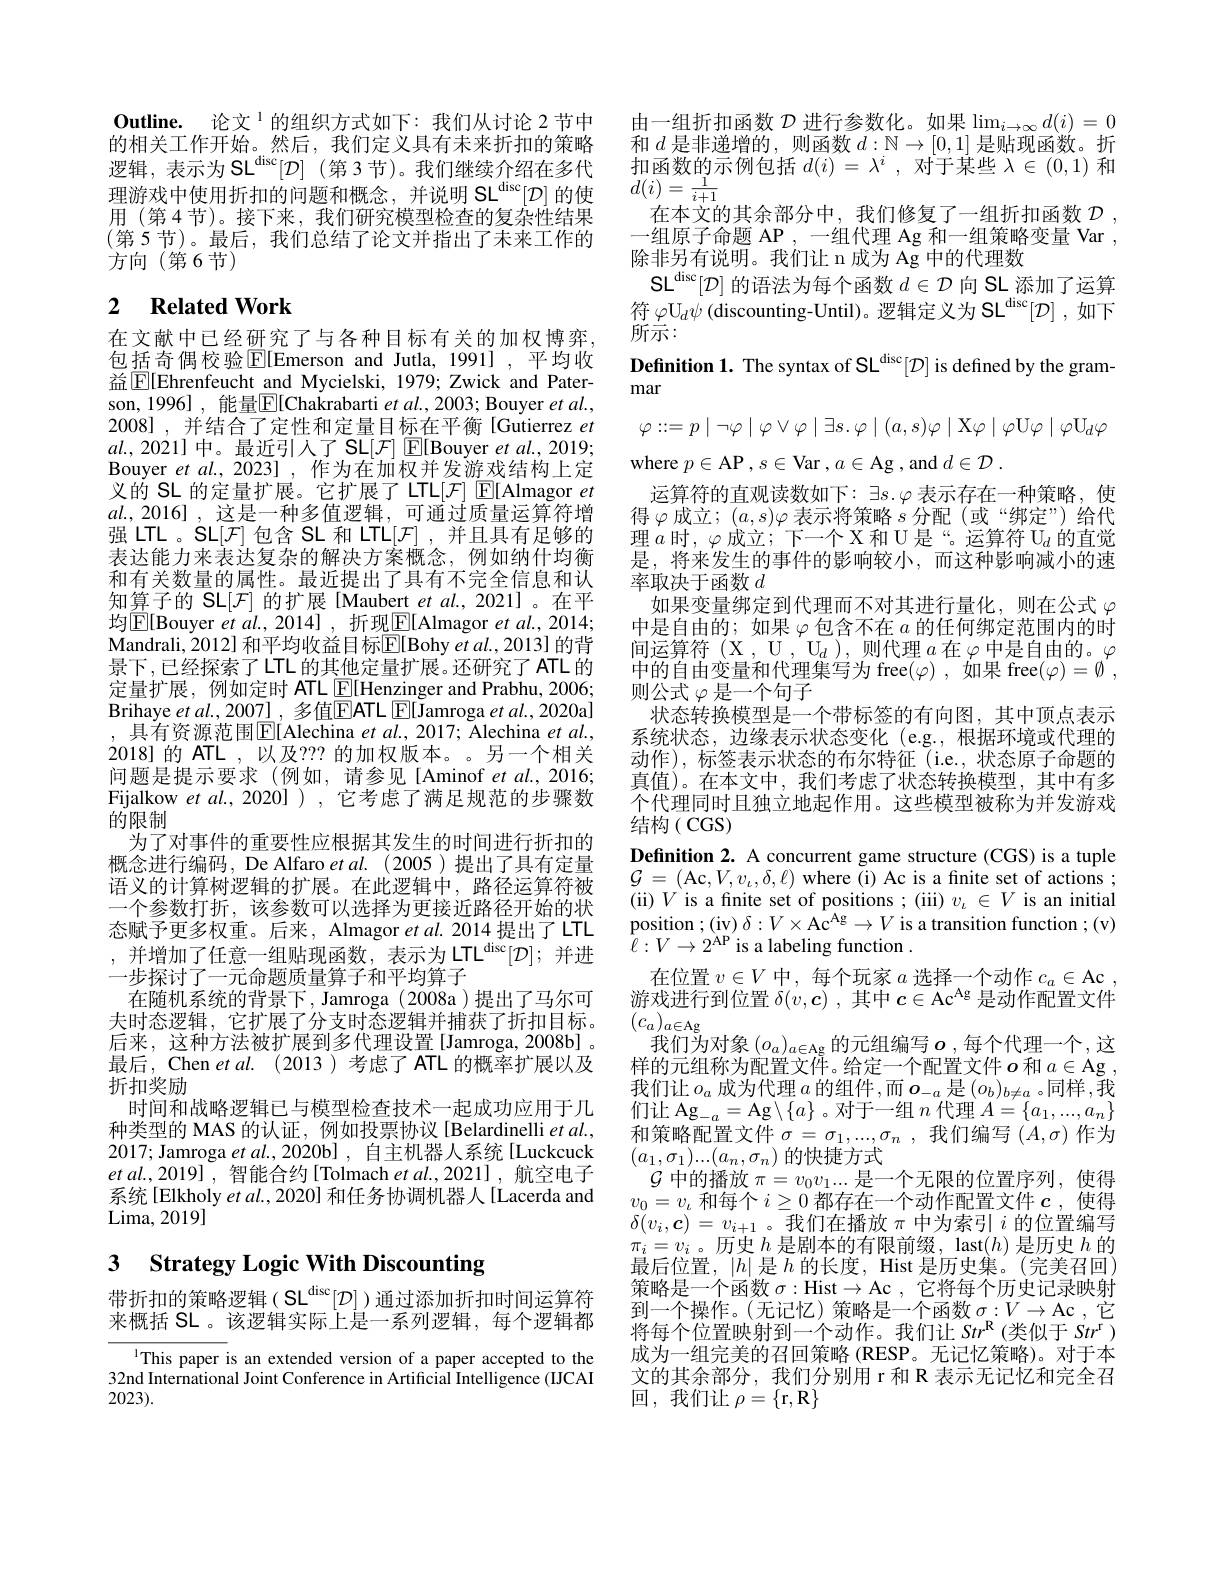
Outline. 论文$^{1}$的组织方式如下：我们从讨论 2 节中的相关工作开始。然后，我们定义具有未来折扣的策略逻辑，表示为 SL$^{\mathrm{disc}}[ \mathcal{D} ]$ (第 3 节)。我们继续介绍在多代理游戏中使用折扣的问题和概念，并说明 SL$^{\mathrm{disc}}[ \mathcal{D} ]$的使用 (第 4 节)。接下来，我们研究模型检查的复杂性结果(第 5节)。最后，我们总结了论文并指出了未来工作的方向(第6节)

## 2 $\textbf{Related Work}$

在文献中已经研究了与各种目标有关的加权博弈， 包括奇偶校验$\operatorname{E}[$Emerson and Jutla, 1991] ,平均收益$\boxed{\mathrm{F}}[$Ehrenfeucht and Mycielski, 1979; Zwick and Paterson, 1996] , 能量$\boxed{\mathrm{E}}[$Chakrabarti et $al.,2003;$ Bouyer $et\textit{al. , }$ 2008] , 并结合了定性和定量目标在平衡[Gutierrez $et$ $al.$, 2021] 中。最近引人了 SL[$\mathcal{F}]$ E[Bouyer et al., 2019; Bouyer $etal.$, 2023] , 作为在加权并发游戏结构上定义的 SL 的定量扩展。它扩展了 LTL[F] $\mathbb{E}[$Almagor et $al.,2016]$,这是一种多值逻辑，可通过质量运算符增强 LTL 。SL[F] 包含 SL 和 LTL[F] ,并且具有足够的表达能力来表达复杂的解决方案概念，例如纳什均衡和有关数量的属性。最近提出了具有不完全信息和认知算子的 SL[F] 的扩展[Maubert et al., 2021]。在平均$\boxed{\mathrm{E}}[$Bouyer $etal.,2014]$,折现$\boxed{\mathrm{F}}[$Almagor et al.,2014; Mandrali, 2012] 和平均收益目标$\boxed{\mathrm{E}}[$Bohy et al., 2013] 的背景下，已经探索了LTL 的其他定量扩展。还研究了 ATL 的定量扩展，例如定时 ATL E[Henzinger and Prabhu, 2006; Brihaye $etal.,2007]$ , 多值EATL E[Jamroga et al., 2020a] , 具有资源范围$\boxed{\mathrm{F}}[$Alechina $et\textit{al. , 2017; Alechina et al. , }$ 2018] 的 ATL,以及？?? 的加权版本。另一个相关问题是提示要求(例如，请参见[Aminof et al.,2016; Fijalkow et al., 2020] ) , 它考虑了满足规范的步骤数的限制
为了对事件的重要性应根据其发生的时间进行折扣的概念进行编码，De Alfaro et al.(2005)提出了具有定量语义的计算树逻辑的扩展。在此逻辑中，路径运算符被一个参数打折，该参数可以选择为更接近路径开始的状态赋予更多权重。后来，Almagor et al. 2014 提出了 LTL ,并增加了任意一组贴现函数，表示为LTL$^{\mathrm{disc}}[ \mathcal{D} ] ;$并进一步探讨了一元命题质量算子和平均算子
在随机系统的背景下，Jamroga(2008a)提出了马尔可夫时态逻辑，它扩展了分支时态逻辑并捕获了折扣目标。后来，这种方法被扩展到多代理设置[Jamroga,2008b]。最后，Chen et al. (2013)考虑了 ATL 的概率扩展以及折扣奖励
时间和战略逻辑已与模型检查技术一起成功应用于几种类型的 MAS 的认证，例如投票协议 [Belardinelli et al., 2017; Jamroga $etal.,2020$b], 自主机器人系统 [Luckcuck $et$ $al. , 2019]$ ,智能合约[Tolmach et al.,2021],航空电子系统[Elkholy et al., 2020] 和任务协调机器人[Lacerda and Lima, 2019

## 3 Strategy Logic With Discounting

带折扣的策略逻辑(SL$^{\mathrm{disc}}[ \mathcal{D} ]$)通过添加折扣时间运算符来概括 SL 。该逻辑实际上是一系列逻辑，每个逻辑都

This paper is an extended version of a paper accepted to the 32nd International Joint Conference in Artificial Intelligence (IJCAI 2023).

由一组折扣函数$\mathcal{D}$进行参数化。如果$\lim_i\to\infty d(i)=0$ 和$d$是非递增的，则函数$d:\mathbb{N}\to[0,1]$是贴现函数。折扣函数的示例包括$d(i)=\lambda^i$,对于某些$\lambda\in(0,1)$和$d(i)=\frac{1}{i+1}$
在本文的其余部分中，我们修复了一组折扣函数$\mathcal{D}$, 一组原子命题 AP ,一组代理 Ag 和一组策略变量 Var , 除非另有说明。我们让 n 成为 Ag 中的代理数
$\mathsf{SL}^{\mathrm{disc}}[ \mathcal{D} ]$的语法为每个函数$d\in\mathcal{D}$向 SL 添加了运算符$\varphi\mathrm{U}_d\psi$ (discounting-Until)。逻辑定义为 SL$^{\mathrm{disc}}[ \mathcal{D} ]$ ,如下所示：
Defnition 1. The syntax of SL$^{\mathrm{disc}}[ \mathcal{D} ]$ is defined by the gram-
mar
$$\varphi::=p\mid\neg\varphi\mid\varphi\vee\varphi\mid\exists s.\varphi\mid(a,s)\varphi\mid\mathrm{X}\varphi\mid\varphi\mathrm{U}\varphi\mid\varphi\mathrm{U}_{d}\varphi $$
where $p\in$AP , $s\in$Var $,a\in$Ag , and $d\in\mathcal{D}$
运算符的直观读数如下：$\exists s.\varphi$表示存在一种策略，使得$\varphi$成立$;(a,s)\varphi$ 表示将策略$s$分配(或“绑定”)给代理$a$时，$\varphi$成立；下一个X和U是“。运算符$\mathrm U_d$的直觉是，将来发生的事件的影响较小，而这种影响减小的速率取决于函数$d$
如果变量绑定到代理而不对其进行量化，则在公式$\varphi$ 中是自由的；如果$\varphi$包含不在$a$的任何绑定范围内的时间运算符(X , U , $U_{d}$ ) , 则 代 理 a 在 $\varphi$ 中 是 自 由 的 。$\varphi$ 中的自由变量和代理集写为 free$(\varphi)$,如果 free$(\varphi)=\emptyset$, 则公式$\varphi$是一个句子
状态转换模型是一个带标签的有向图，其中顶点表示系统状态，边缘表示状态变化(e.g.,根据环境或代理的动作),标签表示状态的布尔特征(i.e.,状态原子命题的真值)。在本文中，我们考虑了状态转换模型，其中有多个代理同时且独立地起作用。这些模型被称为并发游戏结构(CGS)
Definition 2. A concurrent game structure (CGS) is a tuple $\mathcal{G}=($Ac$,V,v_{\iota},\delta,\ell)$ where (i) Ac is a finite set of actions;

(ii) $V$ is a finite set of positions ;(iii) $v_\iota\in V$ is an initial position ; (iv) $\delta:V\times\mathrm{Ac}^\mathrm{Ag}\to V$ is a transition function ; (v) $\hat{\ell}:V\to2^{\mathrm{AP}}$ is a labeling function .
在位置$v\in V$中，每个玩家$a$选择一个动作$c_a\in$Ac , 游戏进行到位置$\delta(v,\boldsymbol{c})$ ,其中$c\in$A$c^Ag$是动作配置文件$(c_a)_{a\in\mathrm{Ag}}$
我们为对象$(o_a)_{a\in\mathrm{Ag}}$的元组编写$\boldsymbol o$,每个代理一个，这样的元组称为配置文件。给定一个配置文件$o$和$a\in$Ag , 我们让$o_a$成为代理$a$的组件，而$o_-a$ 是$(o_b)_b\neq a$。同样，我$\begin{array}{c}{\text{们让 Ag}_{-a}=\mathrm{Ag}\setminus\{a\}\text{。对于一组}n\text{ 代理 }A=\{a_{1},...,a_{n}\}}\\{\text{和策略配置文件 }\sigma=\sigma_{1},...,\sigma_{n}~,~\text{我们编写 }(A,\sigma)~\text{作为}}\end{array}$ $(a_1,\sigma_1)...(a_n,\sigma_n)$的快捷方式
$\mathcal{G}$中的播放$\pi=v_0v_1...$是一个无限的位置序列，使得$v_0=v_\iota$和每个$i\geq0$都存在一个动作配置文件$c$ ,使得$\delta(v_{i},\boldsymbol{c})=v_{i+1}$。我们在播放$\pi$中为索引$i$的位置编写$\delta(v_{i},\boldsymbol{c})=v_{i+1}$ 。我们在播放$\pi$中为索引$i$的位置编写$\delta(v_{i},\boldsymbol{c})=v_{i+1}$ 。我们在播放$\pi$中为索引$i$的位置编写$\delta(v_{i},\boldsymbol{c})=v_{i+1\text{ 。我们在播放 }\pi\text{ 中为索引 }i\text{ 的位置编写}}$ $\pi_i=v_i$。历史$h$是剧本的有限前缀，last$(h)$是历史$h$的最后位置，$|h|$是$h$的长度，Hist 是历史集。(完美召回) 策略是一个函数$\sigma:$Hist$\to$Ac ,它将每个历史记录映射到一个操作。(无记忆)策略是一个函数$\sigma:V\to$Ac ,它将每个位置映射到一个动作。我们让 Str$^\mathrm{R}$(类似于 Str$^\mathrm{r})$ 成为一组完美的召回策略 (RESP。无记忆策略)。对于本文的其余部分，我们分别用 r 和 R 表示无记忆和完全召回，我们让$\rho=\{$r$,\mathbf{R}\}$